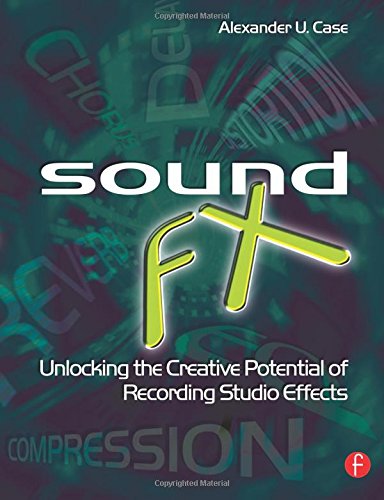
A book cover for Sound FX: Unlocking the Creative Potential of Recording Studio Effects; Alex Case; Arts & Photography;